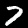
Label: 7